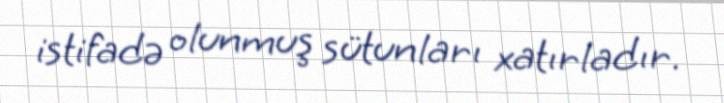
istifadə olunmuş sütunları xatırladır.